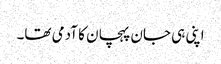
اپنی ہی جان پہچان کا آدمی تھا۔